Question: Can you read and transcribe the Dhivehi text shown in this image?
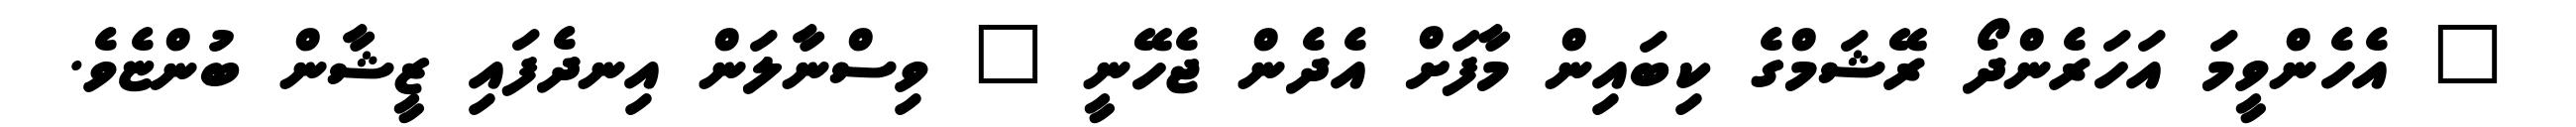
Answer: " އެހެންވީމަ އަހަރެންދޯ ރޭޝަމްގެ ކިބައިން މާފަށް އެދެން ޖެހޭނީ " ވިސްނާލަން އިނދެފައި ޒީޝާން ބުންޏެވެ.